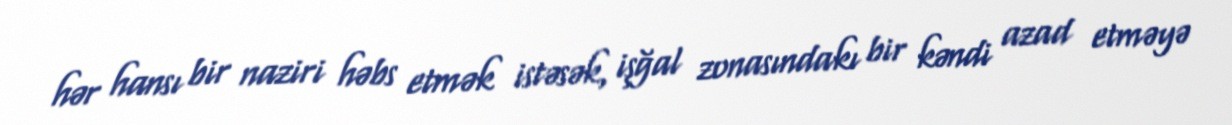
hər hansı bir naziri həbs etmək istəsək, işğal zonasındakı bir kəndi azad etməyə